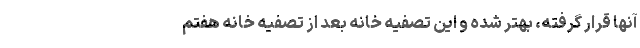
آنها قرار گرفته، بهتر شده و این تصفیه خانه بعد از تصفیه خانه هفتم